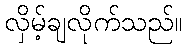
လှိမ့်ချလိုက်သည်။